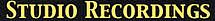
STUDIO RECORDINGS